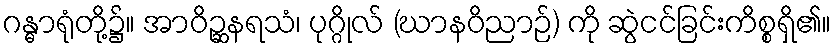
ဂန္ဓာရုံတို့၌။ အာဝိဉ္ဆနရသံ၊ ပုဂ္ဂိုလ် (ဃာနဝိညာဉ်) ကို ဆွဲငင်ခြင်းကိစ္စရှိ၏။